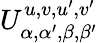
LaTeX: U_{\alpha,\alpha^{\prime},\beta,\beta^{\prime}}^{u,v,u^{\prime},v^{\prime}}